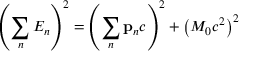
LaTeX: \left( \sum _ { n } E _ { n } \right) ^ { 2 } = \left( \sum _ { n } \mathbf { p } _ { n } c \right) ^ { 2 } + \left( M _ { 0 } c ^ { 2 } \right) ^ { 2 }